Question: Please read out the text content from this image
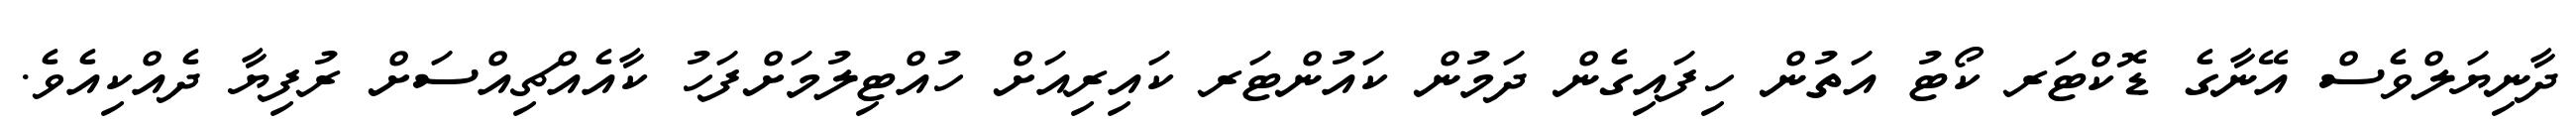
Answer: ދާނިޔަލްވެސް އޭނާގެ ޑޮކްޓަރ ކޯޓު އަތުން ހިފައިގެން ދަމުން ކައުންޓަރ ކައިރިއަށް ހުއްޓިލުމަށްފަހު ކާއެއްޗިއްސަށް ރުފިޔާ ދެއްކިއެވެ.